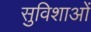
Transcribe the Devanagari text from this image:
सुविशाओं